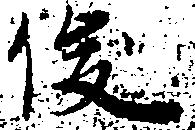
俊